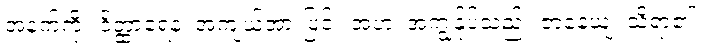
အနက်ကို။ ဝိတ္ထာရေန၊ အကျယ်အားဖြင့်။ အဟံ၊ အကျွန်ုပ်သည်။ ဇာနေယျံ၊ သိရာ၏။